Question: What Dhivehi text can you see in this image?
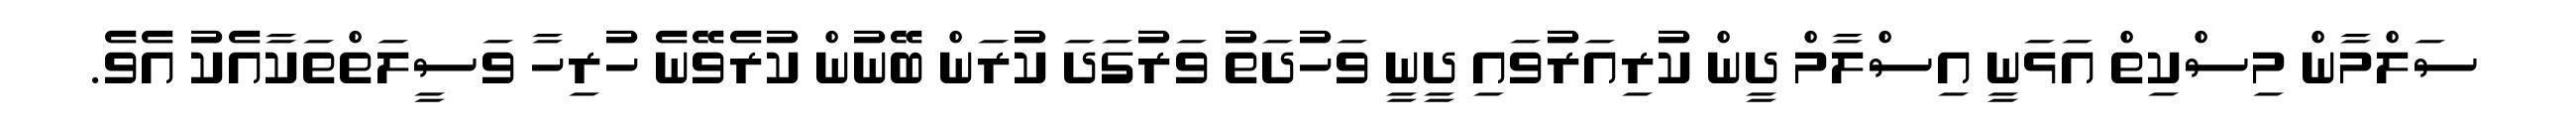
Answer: ސަލްމާން މިސްކިތް އަޅަނީ އިސްލާމް ދީން ކުރިއަރުވައި ދީނީ ވަހުދަތު ވަރުގަދަ ކުރަން ބޭނުން ކުރެވޭނެ ހުރިހާ ވަސީލަތްތަކާއެކު އެވެ.